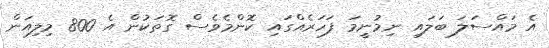
އެ މައްސަލަ ބަލައި ނިމުނީމަ ފަހަރެއްގައި ކޮންމެވެސް ގޮތަކުން އެ 800 މިލިއަން